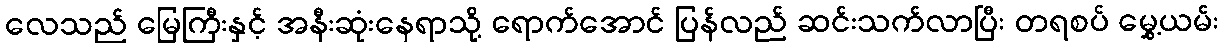
လေသည် မြေကြီးနှင့် အနီးဆုံးနေရာသို့ ရောက်အောင် ပြန်လည် ဆင်းသက်လာပြီး တရစပ် မွှေ့ယမ်း